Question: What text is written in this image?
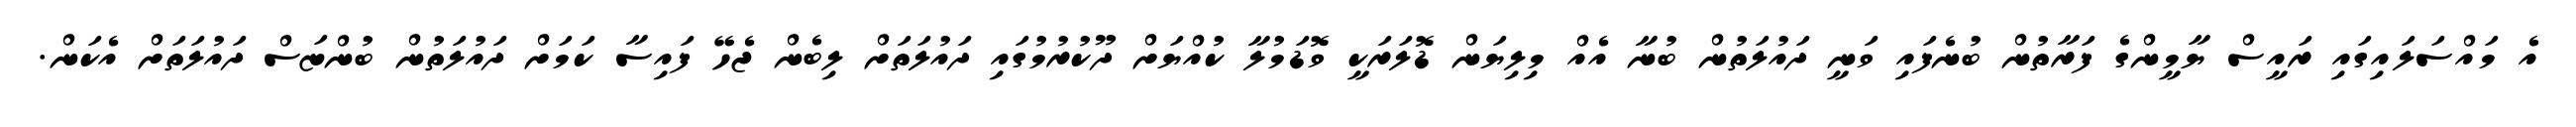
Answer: އެ މައްސަލައިގައި ރައީސް ޔާމީންގެ ފަރާތުން ބުނެފައި ވަނީ ދައުލަތުން ބުނާ އެއް މިލިޔަން ޑޮލަރަކީ ވޮޑަމުލާ ކުއްޔަށް ދޫކުރުމުގައި ދައުލަތަށް ލިބެން ޖެހޭ ފައިސާ ކަމަށް ދައުލަތުން ބުންޏަސް ދައުލަތަށް އެކަން.